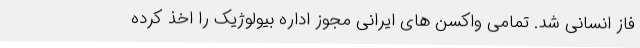
فاز انسانی شد. تمامی واکسن های ایرانی مجوز اداره بیولوژیک را اخذ کرده